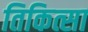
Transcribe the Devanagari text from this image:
तिकित्सा